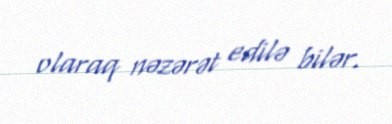
olaraq nəzərət edilə bilər.